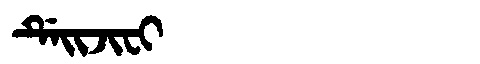
Manchu: ᡩᡝᡳᠵᡳᠸᡳ
Romanization: DEIJIFI